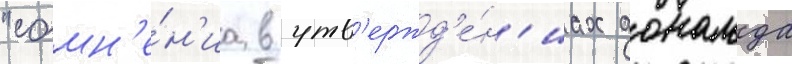
"сомн'е́н'иа в утв'ержд'е́н'иах дональда